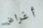
أغراض